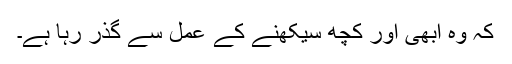
کہ وہ ابھی اور کچھ سیکھنے کے عمل سے گذر رہا ہے۔